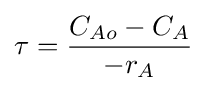
\tau ={\frac {C_{Ao}-C_{A}}{-r_{A}}}